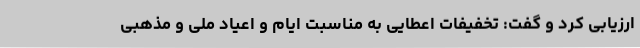
ارزیابی کرد و گفت: تخفیفات اعطایی به مناسبت ایام و اعیاد ملی و مذهبی